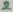
Text: 2